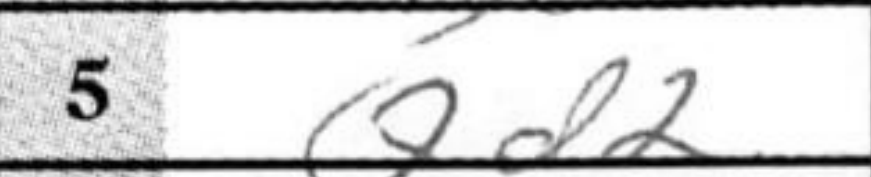
Transcription: Qd2